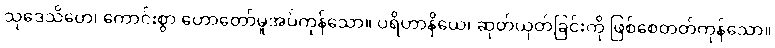
သုဒေသိတေ၊ ကောင်းစွာ ဟောတော်မူအပ်ကုန်သော။ ပရိဟာနိယေ၊ ဆုတ်ယုတ်ခြင်းကို ဖြစ်စေတတ်ကုန်သော။